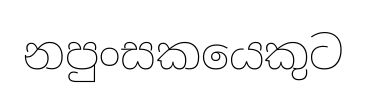
නපුංසකයෙකුට